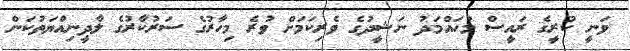
ވަނީ ކުރީގެ ރައީސް މުހައްމަދު ނަޝީދުގެ ވެރިކަމަށް ވުރެ މިހާރުގެ ސަރުކާރުގެ ލާދީނިއްޔަތުކަން